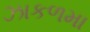
ઝાકળમા